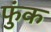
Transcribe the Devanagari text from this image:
फुंक